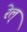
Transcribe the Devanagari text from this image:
रेल्